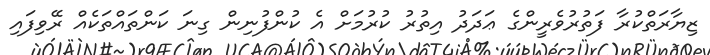
ޒިޔާރަތްކުރާ ފަތުރުވެރީންގެ ޢަދަދު އިތުރު ކުރުމަށް އެ ކުންފުނިން ގިނަ ކަންތައްތަކެއް ރޭވިފައި